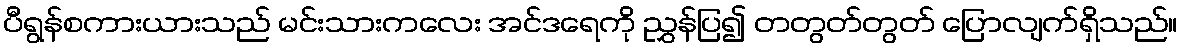
ပီရွန်စကားယားသည် မင်းသားကလေး အင်ဒရေကို ညွှန်ပြ၍ တတွတ်တွတ် ပြောလျက်ရှိသည်။